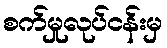
စက်မှုလုပ်ငန်းမှ